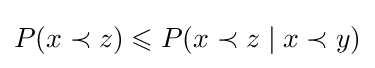
P(x\prec z)\leqslant P(x\prec z\mid x\prec y)